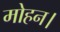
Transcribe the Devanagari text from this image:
मोहन।